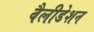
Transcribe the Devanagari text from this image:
वैलीडेशन